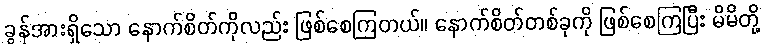
ခွန်အားရှိသော နောက်စိတ်ကိုလည်း ဖြစ်စေကြတယ်။ နောက်စိတ်တစ်ခုကို ဖြစ်စေကြပြီး မိမိတို့